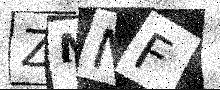
Text: ZMNF